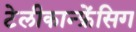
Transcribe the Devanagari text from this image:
टेलीकान्फ्रेंसिग